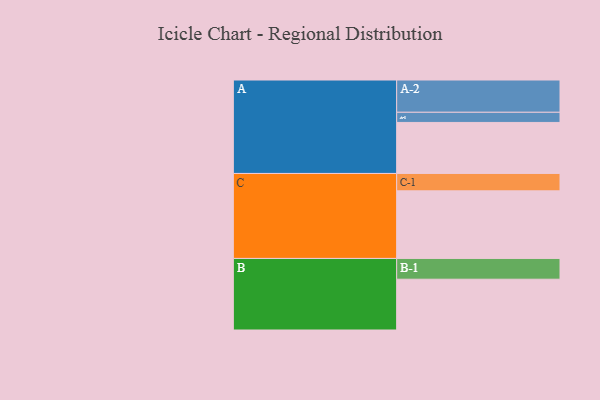
{"axis": {"x": "Segment", "y": "Value"}, "legend": ["", "A", "B", "C"], "data": [{"x": "A", "y": 452, "type": ""}, {"x": "B", "y": 450, "type": ""}, {"x": "C", "y": 599, "type": ""}, {"x": "A-1", "y": 90, "type": "A"}, {"x": "A-2", "y": 286, "type": "A"}, {"x": "B-1", "y": 184, "type": "B"}, {"x": "C-1", "y": 154, "type": "C"}]}